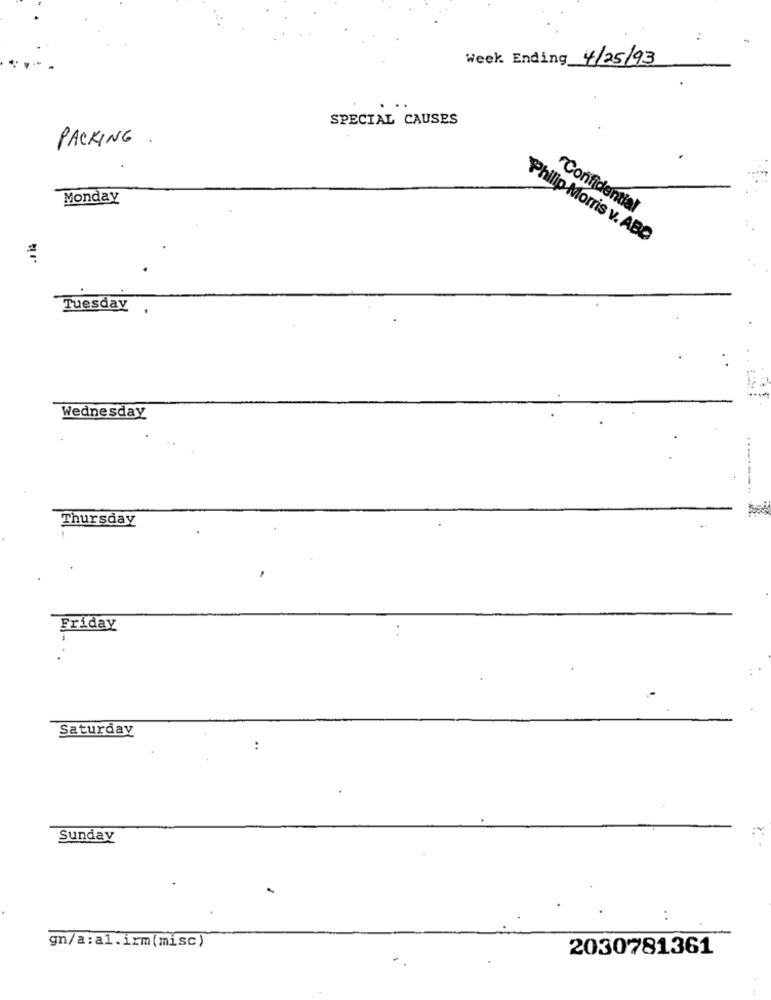
Week Ending 4/25/93
SPECIAL CAUSES
PACKING
Monday
Confidential
Philip Morris v. ABD
Tuesday
Wednesday
Thursday
Friday
Saturday
:
Sunday
gn/a:al.irm(misc)
2030781361